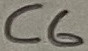
Text: C6